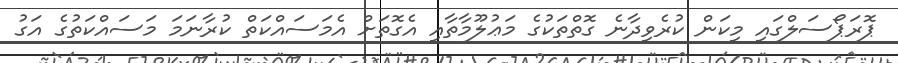
ޕޮރަޕޯސަލްގައި މިކަން ކުރެވިދާނެ ގޮތްތަކުގެ މަޢުލޫމާތާއި އެގޮތަށް އެމަސައްކަތް ކުރާނަމަ މަސައްކަތުގެ އަގު